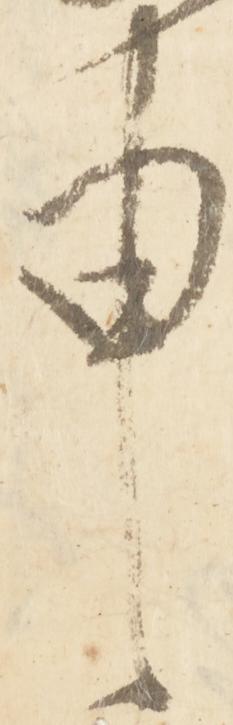
申